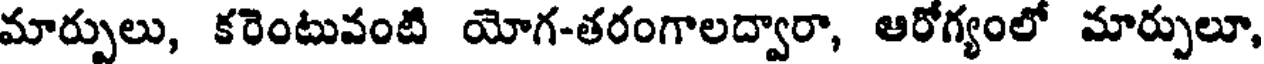
మార్పులు, కరెంటువంటి యోగ-తరంగాలద్వారా, ఆరోగ్యంలో మార్పులూ,